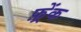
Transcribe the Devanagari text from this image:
फ़्रेंक